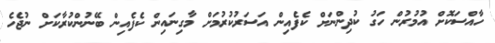
ހާއްސަކޮށް އުމުރުން ހަގު ކުދިންނަށް ކެފެއިން އަސަރުކުރުމަށް މާގިނައިން ކެފެއިން ބޭނުންކުރާކަށް ނުޖެހެ